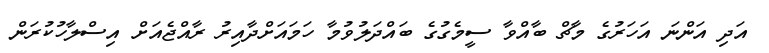
އަދި އަންނަ އަހަރުގެ މާޗް ބާއްވާ ސީމެގުގެ ބައްދަލުވުމާ ހަމައަށްދާއިރު ރާއްޖެއަށް އިސްލާހުކުރަން